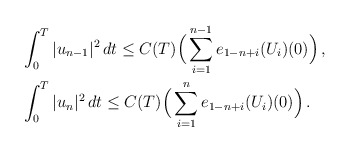
\begin{align*} & \displaystyle{\int_0^T |u_{n-1}|^2 \,dt \le C(T) \Big( \sum_{i=1}^{n-1} e_{1-n+i}(U_{i})(0) \Big) \,,} \\& \displaystyle{\int_0^T |u_{n}|^2 \,dt \le C(T) \Big( \sum_{i=1}^{n} e_{1-n+i}(U_{i})(0) \Big) \,.} \end{align*}